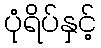
ပုံရိပ်နှင့်